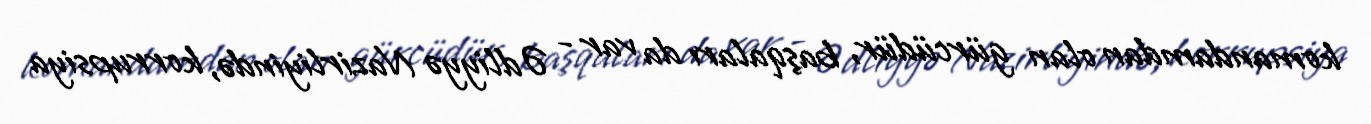
komandamdan olan gürcüdür, başqaları da var - Ədliyyə Nazirliyində, korrupsiya